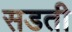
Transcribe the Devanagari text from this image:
सडती